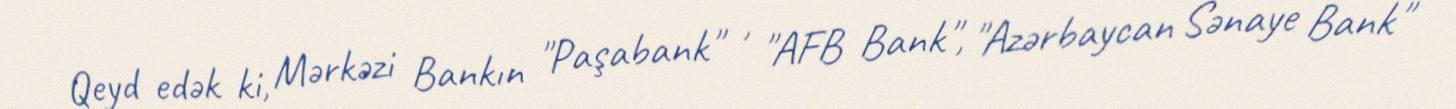
Qeyd edək ki, Mərkəzi Bankın "Paşabank" , "AFB Bank", "Azərbaycan Sənaye Bank"